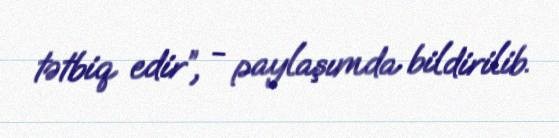
tətbiq edir”, - paylaşımda bildirilib.